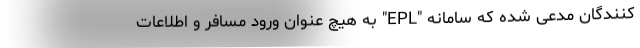
کنندگان مدعی شده که سامانه "EPL" به هیچ عنوان ورود مسافر و اطلاعات